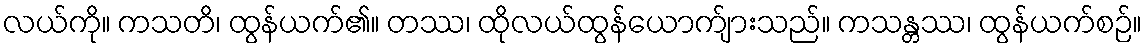
လယ်ကို။ ကသတိ၊ ထွန်ယက်၏။ တဿ၊ ထိုလယ်ထွန်ယောက်ျားသည်။ ကသန္တဿ၊ ထွန်ယက်စဉ်။